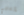
إزعاجي